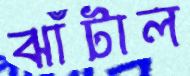
ঝাঁটাল